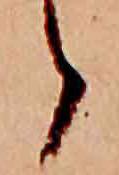
ら